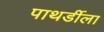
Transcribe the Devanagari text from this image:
पाथर्डीला